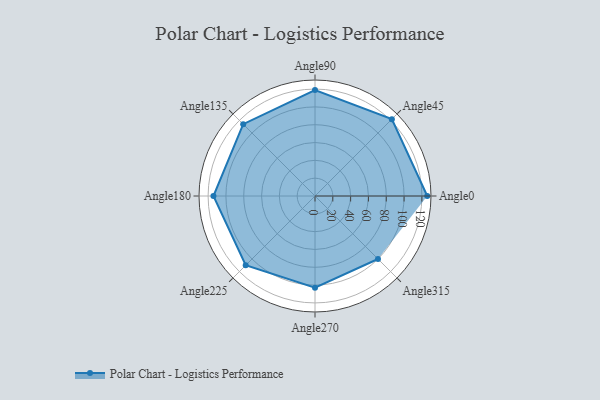
{"axis": {"x": "Angle", "y": "Radius"}, "legend": [""], "data": [{"x": "Angle0", "y": 126.0, "type": ""}, {"x": "Angle45", "y": 122.0, "type": ""}, {"x": "Angle90", "y": 119.0, "type": ""}, {"x": "Angle135", "y": 114.0, "type": ""}, {"x": "Angle180", "y": 114.0, "type": ""}, {"x": "Angle225", "y": 110.0, "type": ""}, {"x": "Angle270", "y": 103.0, "type": ""}, {"x": "Angle315", "y": 100.0, "type": ""}]}